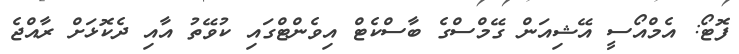
ފޮޓޯ: އެމްއޯސީ އޭޝިއަން ގޭމްސްގެ ބާސްކެޓް އިވެންޓްގައި ކުވޭތު އާއި ދެކޮޅަށް ރާއްޖެ